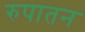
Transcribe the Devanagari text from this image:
रुपातन